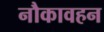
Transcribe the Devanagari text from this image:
नौकावहन